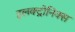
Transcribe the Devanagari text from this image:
इलक्ट्रोनिक्स